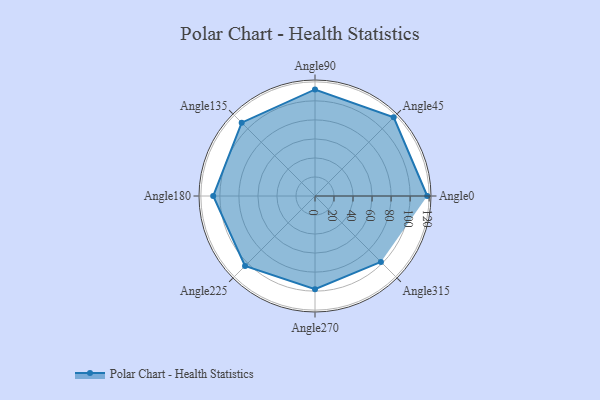
{"axis": {"x": "Angle", "y": "Radius"}, "legend": [""], "data": [{"x": "Angle0", "y": 118.0, "type": ""}, {"x": "Angle45", "y": 117.0, "type": ""}, {"x": "Angle90", "y": 112.0, "type": ""}, {"x": "Angle135", "y": 109.0, "type": ""}, {"x": "Angle180", "y": 107.0, "type": ""}, {"x": "Angle225", "y": 104.0, "type": ""}, {"x": "Angle270", "y": 98.0, "type": ""}, {"x": "Angle315", "y": 98.0, "type": ""}]}